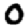
Digit: 0